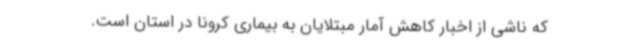
که ناشی از اخبار کاهش آمار مبتلایان به بیماری کرونا در استان است.